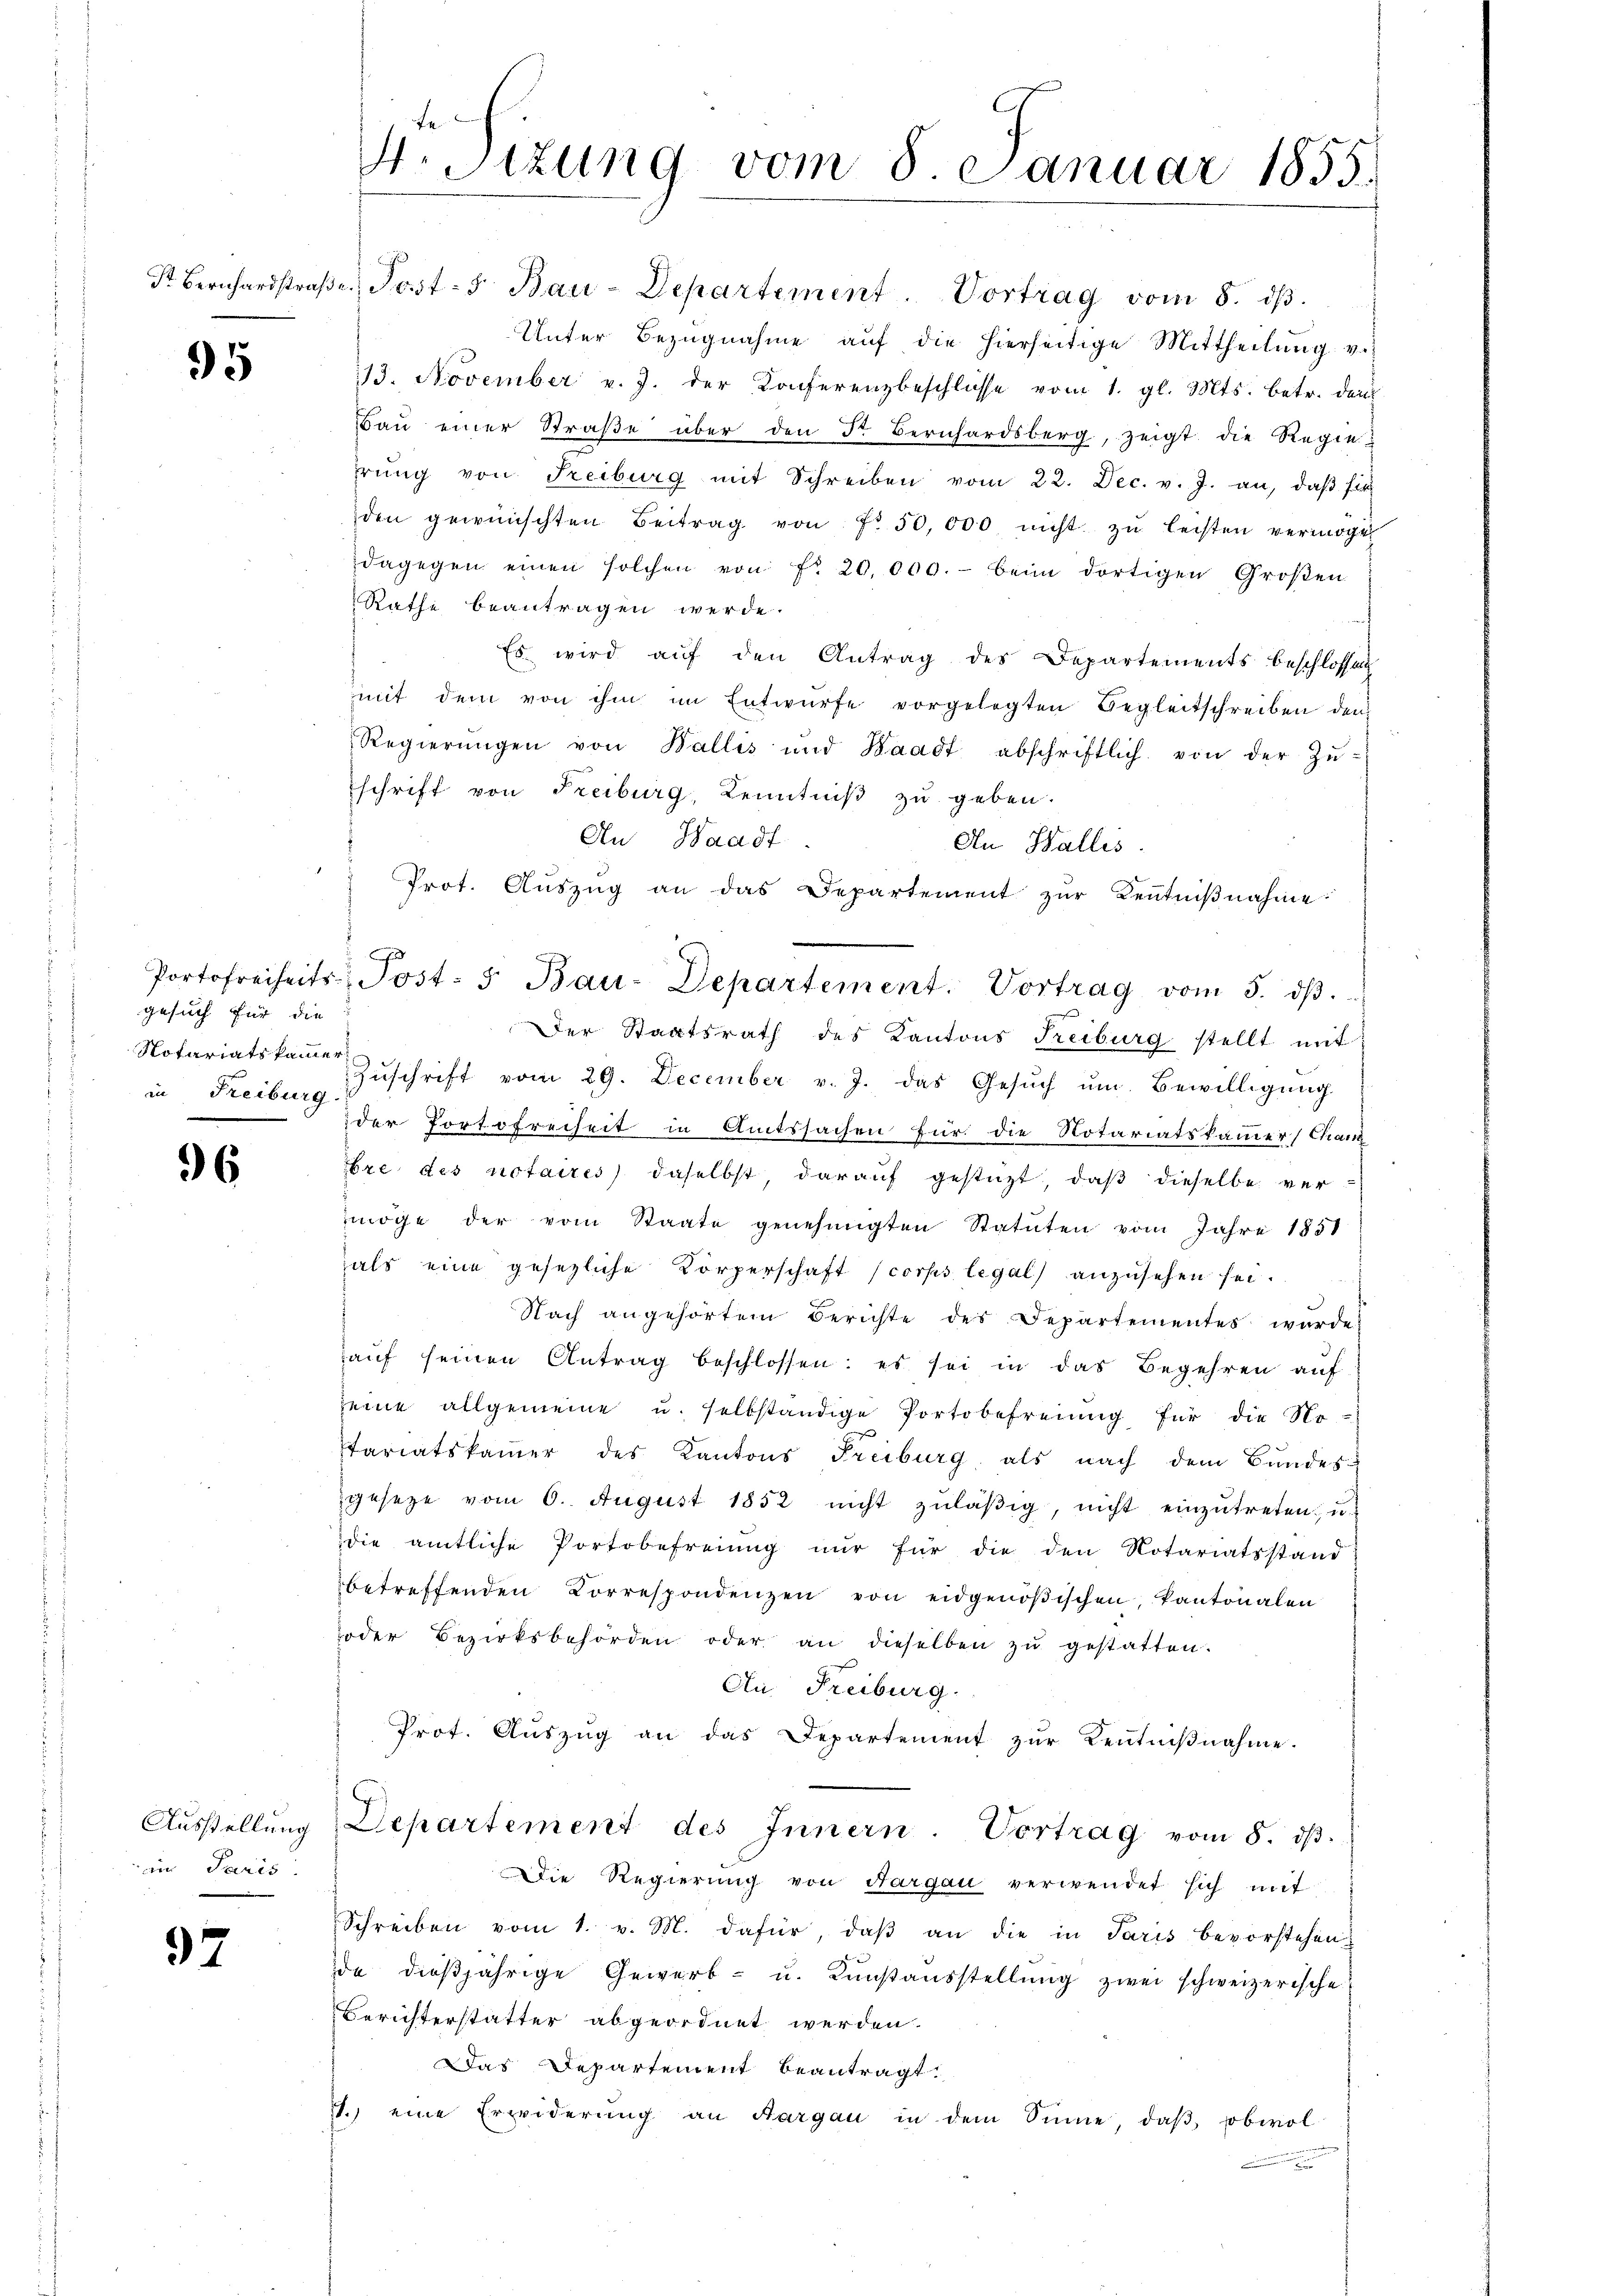
95

gesuch für die
Notariatskammer
in Freiburg.

96

Ausstellung
am Paris

97

S. Tizung vom 8 Januar 1855.

Str. Bernhardstraβe Post- 5. Bau-Departement. Vortrag vom 8. dβ.
Unter Bezŭgnahme aŭf die hierseitige Mittheilŭng v.
13. November v. J. der Konferenzbeschlüsse vom 1. gl. Mts. betr. dem
Baŭ einer Straβe über den Fr. Bernhardsberg, zeigt die Regiehrŭng von Freiburg mit Schreiben vom 22. Dec. v. J. an, daβ sie
den gewünschten Beitrag von fr. 50,000 nicht zŭ leisten vermöge
dagegen einen solchen von fr. 20.000.- beim dortigen Großen
Rathe beantragen werde.
Es wird aŭf den Antrag des Departements beschlossen
mit dem von ihm im Entwürfe vorgelegten Begleitschreiben den-
Regierŭngen von Wallis und Waadt abschriftlich von der Zŭ-
schrift von Freiburg, Kenntniβ zŭ geben.
An Waadt
An Wallis.
Prot. Aŭszŭg an das Departement zŭr Kenntniβnahme:
Der Staatsrath des Kantons Freiburg stellt mit
Zŭschrift vom 29. December v. J. das Gesŭch ŭm Bewilligŭng
der Portofreiheit in Amtssachen für die Notariatskammer/Chanz
bre des notaires) daselbst, darauf gestüzt, daß dieselbe vermöge der vom Staate genehmigten Statuten vom Jahre 1851
als eine gesetzliche Körperschaft (corps legal anzŭsehen sei.
Nach angehörtem Berichte des Departementes wurde
aŭf seinen Antrag beschlossen: es sei in das Begehren auf
seine allgemeine u. selbständige Portobefreiung für die No
tariatskammer des Kantons Freiburg, als nach dem Bundes
geseze vom 6. August 1852 nicht zŭläβig, nicht einzŭtreten, u.
die amtliche Portobefreiung nur für die den Notariatsstand
betreffenden Correspondenzen von eidgenößischen, kantonalen
oder Bezirksbehörden oder an dieselben zŭ gestatten.
Au. Freiburg.
Prot. Aŭszŭg an das Departement zŭr Kentniβnahme.
Departement des Innern. Vortrag vom 8. dβ.
die Regierung von Aargau verwendet sich mit
Schreiben vom 1. v. M. dafür, daβ an die in Paris bevorstehen
da dieβjährige Gewerb- u. Kŭnstaŭsstellŭng zwei schweizerische
Berichterstatter abgeordnet werden.
Das Departement beantragt,
7. eine Erwiderŭng an Aargau in dem Sinne daβ obwol

Portofreiheits Post- 5. Bau-Departement. Vortrag vom 5. dβ.